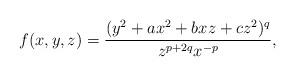
LaTeX: \begin{align*}f(x,y,z)=\dfrac{(y^2+ax^2+bxz+cz^2)^q}{z^{p+2q}x^{-p}}, \end{align*}